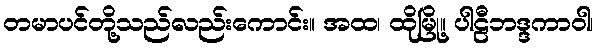
တမာပင်တို့သည်လည်းကောင်း။ အထ၊ ထိုမြို့။ ပါဠီဘဒ္ဒကာဝါ၊